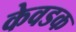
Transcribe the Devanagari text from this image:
केवडक